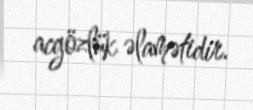
acgözlük əlamətidir.